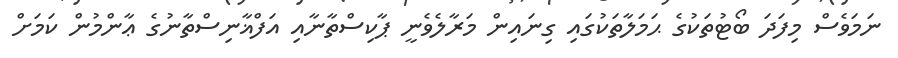
ނަމަވެސް މިފަދަ ބޯޓުތަކުގެ ޙަމަލާތަކުގައި ގިނައިން މަރާލެވެނީ ޕާކިސްތާނާއި އަފްޣާނިސްތާނުގެ ޢާންމުން ކަމަށް